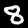
Label: 8